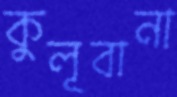
কুলূবানা